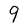
Character: 9